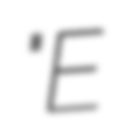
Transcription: "E